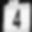
Digit: 4